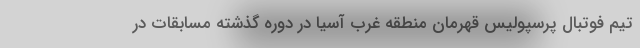
تیم فوتبال پرسپولیس قهرمان منطقه غرب آسیا در دوره گذشته مسابقات در